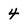
Character: 4